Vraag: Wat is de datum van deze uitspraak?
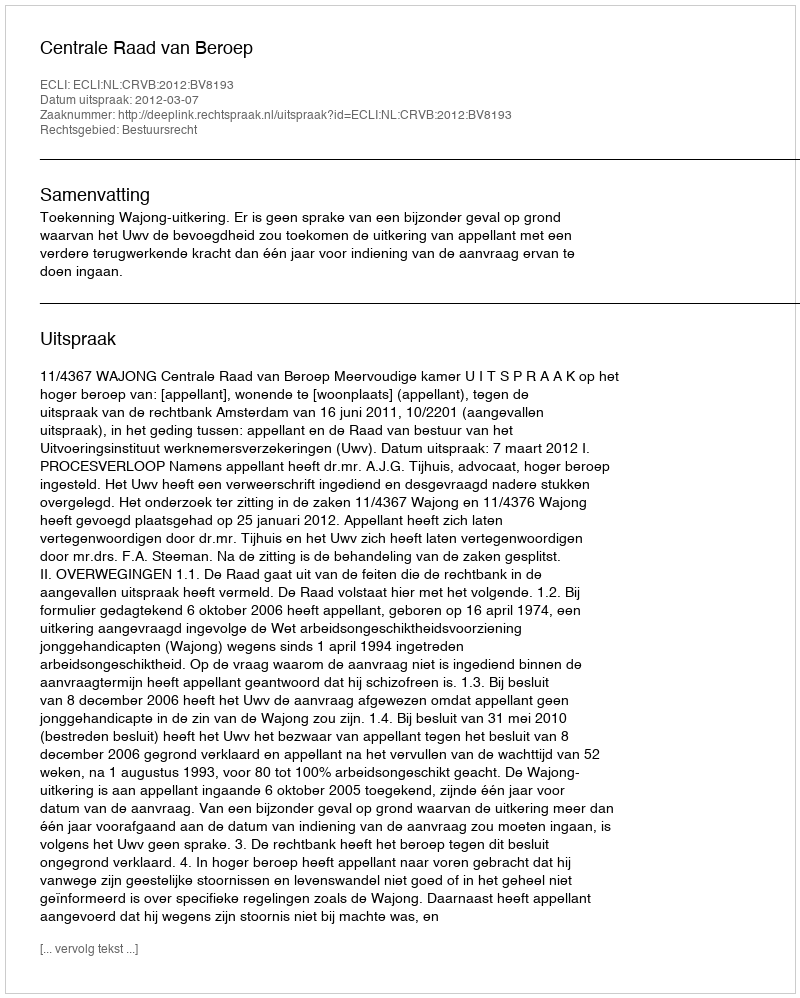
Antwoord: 2012-03-07